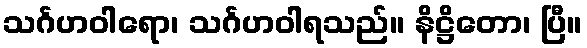
သင်္ဂဟဝါရော၊ သင်္ဂဟဝါရသည်။ နိဋ္ဌိတော၊ ပြီ။